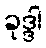
ခုဒ္ဒါ